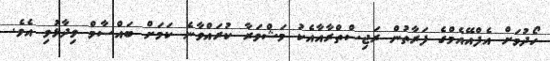
ހޯދުމަށް އެފްއޭއެމްގެ ފަރާތުން ރަޖިސްތްރާއާއެކު މަޝްވަރާ ކުރައްވާނެ ކަމަށް ބައްސާމް ވިދާޅުވި އެވެ.